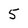
Character: 5